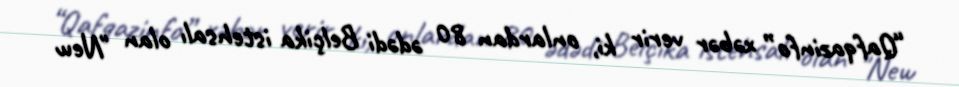
“Qafqazinfo” xəbər verir ki, onlardan 80 ədədi Belçika istehsalı olan "New